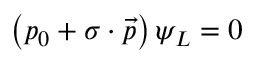
\left( p _ { 0 } + \sigma \cdot { \vec { p } } \right) \psi _ { L } = 0